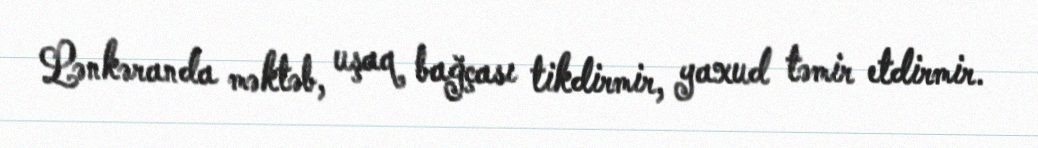
Lənkəranda məktəb, uşaq bağçası tikdirmir, yaxud təmir etdirmir.